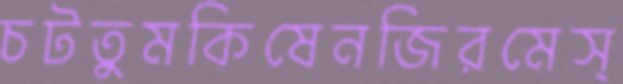
চটতুমকিষেনজিরমেস্